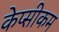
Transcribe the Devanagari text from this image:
केप्सीकम